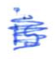
Text: is
Cross-out: scratch
Writing tool: ballpoint